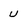
Character: U